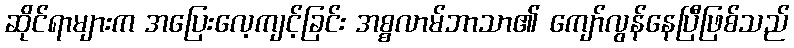
ဆိုင်ရာများက အပြေးလေ့ကျင့်ခြင်း အစ္စလာမ်ဘာသာ၏ ကျော်လွန်နေပြီဖြစ်သည်